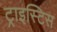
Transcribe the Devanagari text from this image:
ट्राइस्टिस